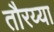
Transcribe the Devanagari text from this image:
तौरय्या